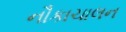
નૌકાચાલન